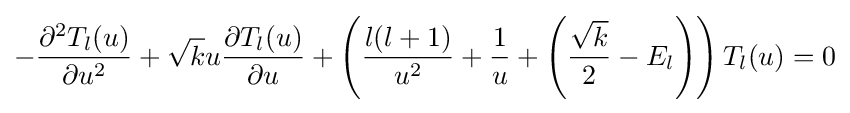
-{\frac {\partial ^{2}T_{l}(u)}{\partial u^{2}}}+{\sqrt {k}}u{\frac {\partial T_{l}(u)}{\partial u}}+\left({\frac {l(l+1)}{u^{2}}}+{\frac {1}{u}}+\left({\frac {\sqrt {k}}{2}}-E_{l}\right)\right)T_{l}(u)=0